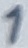
Text: 1